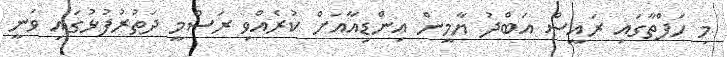
މި ހަފްތާގައި ރައީސް އަބްދު ޔާމީން އިންޑިއާއަށް ކުރެއްވި ރަސްމީ ދަތުރުފުޅުގައި ވަނީ